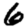
Digit: 6